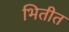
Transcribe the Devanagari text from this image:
भितीत